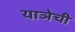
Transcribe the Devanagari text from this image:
याञेची